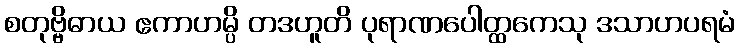
စတုဗ္ဗိဓာယ ဧကာဟမ္ပိ တဒဟူတိ ပုရာဏပေါတ္ထကေသု ဒသာဟပရမံ